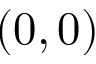
( 0 , 0 )